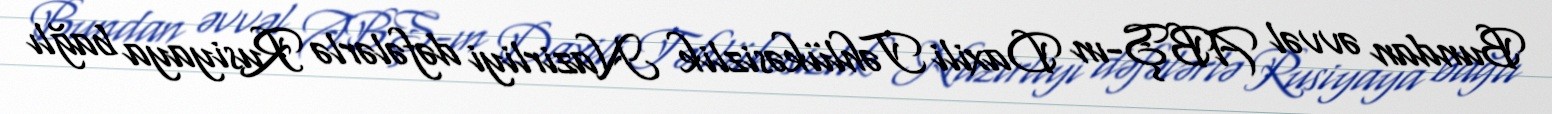
Bundan əvvəl ABŞ-ın Daxili Təhlükəsizlik Nazirliyi dəfələrlə Rusiyaya bağlı